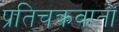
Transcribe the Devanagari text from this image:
प्रतिचक्रवातों